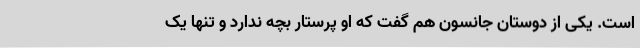
است. یکی از دوستان جانسون هم گفت که او پرستار بچه ندارد و تنها یک